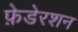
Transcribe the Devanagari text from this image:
फ़ेडेरशन